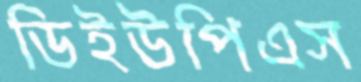
ডিইউপিএস